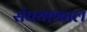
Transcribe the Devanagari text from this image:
संघयाकाल